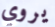
يروي